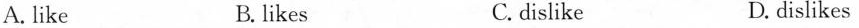
A. like B. likes C.dislike D. dislikes